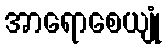
အာရောစေယျုံ